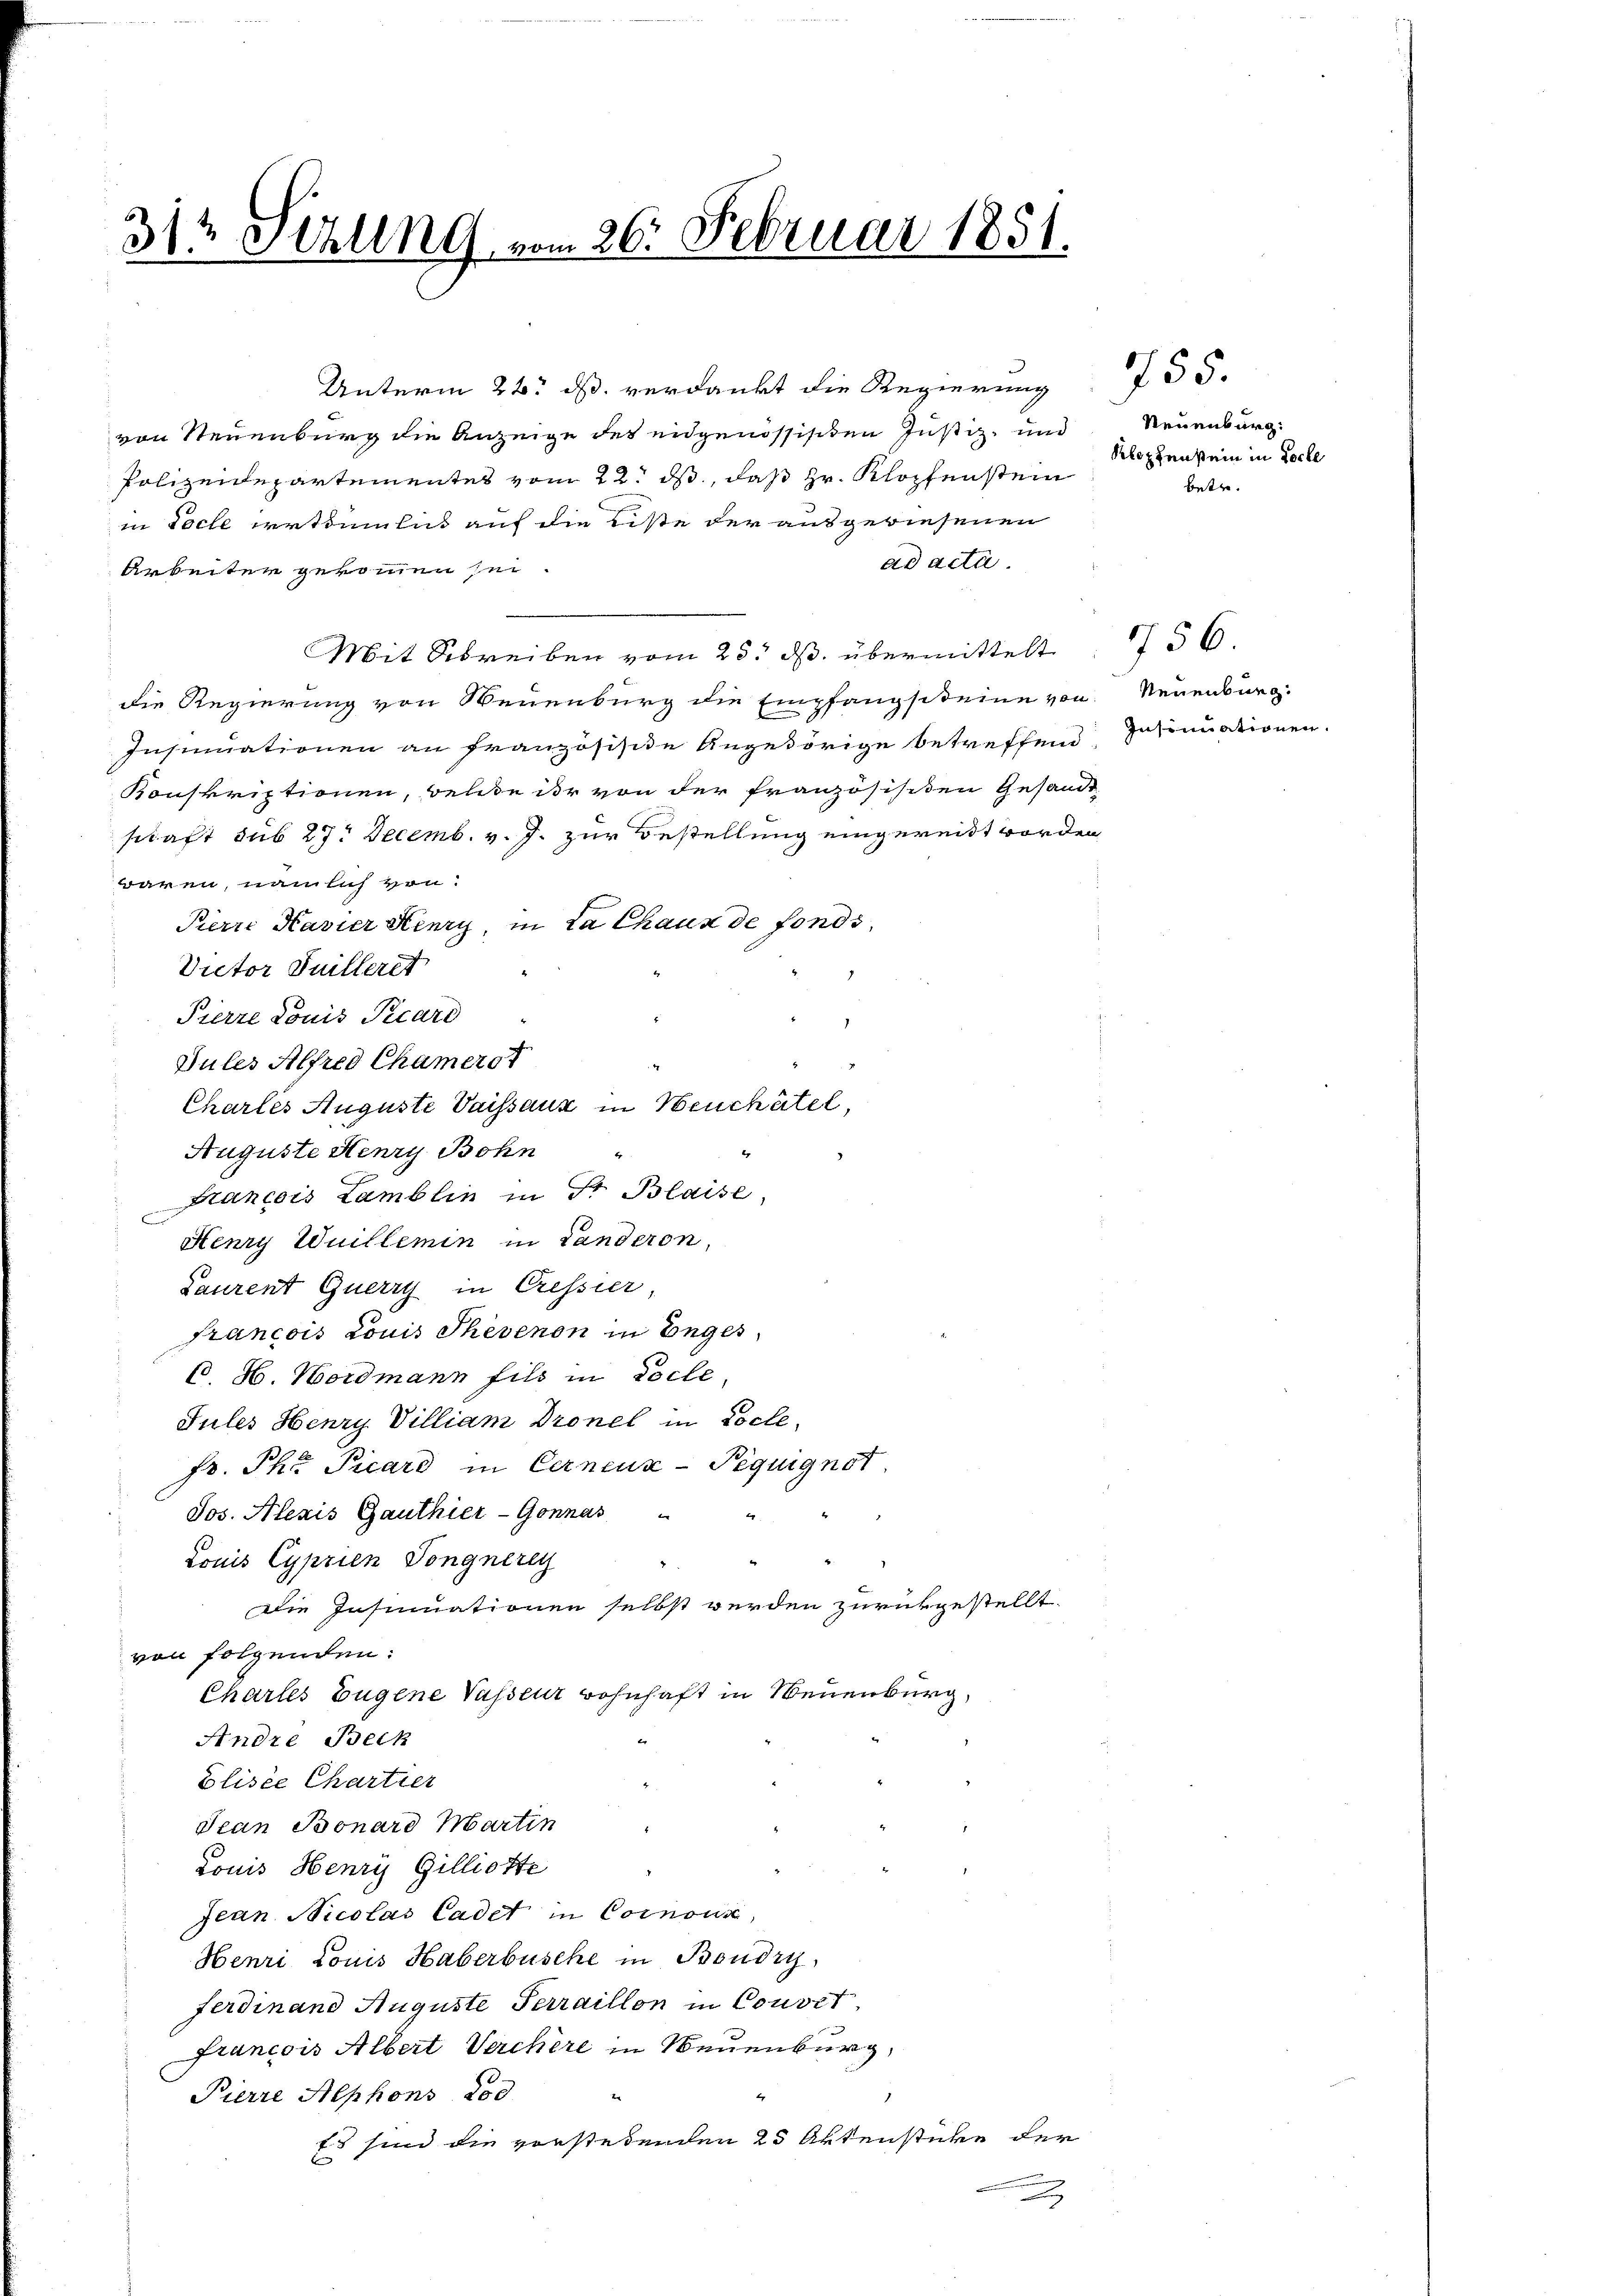
t
31. Hellng vom 26. Februar 1851.

Unterm 22. ds. verdankt die Regierung
von Neuenburg die Anzeige des eidgenössischen Justiz- und
Polizeidepartementes vom 22. ds, daß Hr. Klopfenstein
in Poche erthümlich auf die Liste der ausgewiesenen
ad acta.
Arbeiter gekommen sei.
Mit Schreiben vom 23. ds. übermittelt
die Regierung von Neuenburg die Empfangsteine von Neuenburg.
Insinuationen an französisite Angehörige betreffend
Konskriptionen, welche ihr von der französisiten Gesandt
schaft sub 27. Decemb. v. J. zur Bestellung eingereit worden
waren, nämlich von
Pierre Havier Henry, in La Chaux de fonds,
Victor Juilleret
Pierre Louis Picard
Güler Alfred Chameret
Charles Auguste Vaissauz in Neuchâtel,
Auguste Stenry Bohn
er
Francois Lamblin in Fr. Blaise,
Henry Wuillemin in Landeron,
Laurent Querry in Cressier,
francois Louis Thevenon in Enges
1. H. Nordmann fils in Loche
Jules Henry Villiam Dronel in Loche
Fr. Thl Picard in Cerneur-Peguignot
Jos. Alexis Gauthier-Gonnas
4
Louis Cyprien Tongnerey
Die Insinuationen selbst werden zurückgestellt.
von folgenden:
Chartes Eugene Vasseur wohnhaft in Neuenburg,
Andre Beck
Blisée Chartier
Jean Bonard Martin
Louis Henry Gilliotte
.
Jean Nicolas Cadet in Cornouse,
Henri Louis Haberbüsche in Boudry,
ferdinand Auguste Perraillon in Couvet.
francois Albert Verchère in Neuenburg,
2
4
Pierre Alphons Lod
Es sind die vorstehenden 25 Aktenstücke der
b
x

Neuenburg:
Klopfenstein in Loche
betr.

755.

756.
Insinuationen.